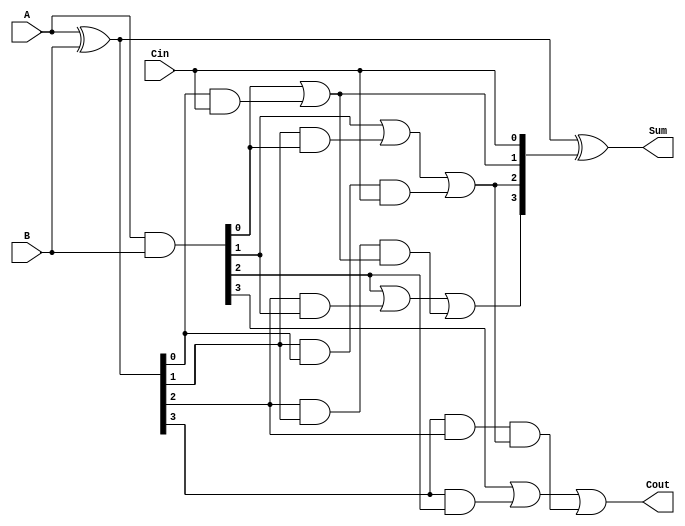
module RippleCarryLookaheadAdder #(parameter n = 4) (
    input  [n-1:0] A,        // n-bit input A
    input  [n-1:0] B,        // n-bit input B
    input          Cin,       // Carry-in
    output [n-1:0] Sum,       // n-bit Sum output
    output         Cout       // Carry-out
);

    // Generate and Propagate signals
    wire [n-1:0] G; // Generate signals
    wire [n-1:0] P; // Propagate signals
    wire [n:0] C;   // Carry signals

    // Generate and Propagate logic
    assign G = A & B;          // G[i] = A[i] & B[i]
    assign P = A ^ B;          // P[i] = A[i] ^ B[i]

    // Carry calculation
    assign C[0] = Cin;         // C[0] = Cin
    genvar i;
    generate
        for (i = 0; i < n; i = i + 1) begin : carry_gen
            if (i == 0) begin
                assign C[i + 1] = G[i] | (P[i] & C[0]); // C[1]
            end else if (i == 1) begin
                assign C[i + 1] = G[i] | (P[i] & G[i - 1]) | (P[i] & P[i - 1] & C[0]); // C[2]
            end else begin
                assign C[i + 1] = G[i] | (P[i] & G[i - 1]) | (P[i] & P[i - 1] & C[i - 1]); // C[i+1]
            end
        end
    endgenerate

    // Sum calculation
    assign Sum = P ^ C[n-1:0]; // Sum[i] = P[i] ^ C[i]

    // Carry-out
    assign Cout = C[n]; // Cout = C[n]

endmodule